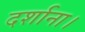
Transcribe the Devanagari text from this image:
दर्शाना।